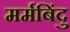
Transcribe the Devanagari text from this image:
मर्मबिंदु